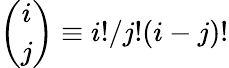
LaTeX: {\binom{i}{j}}\equiv i!/j!(i-j)!